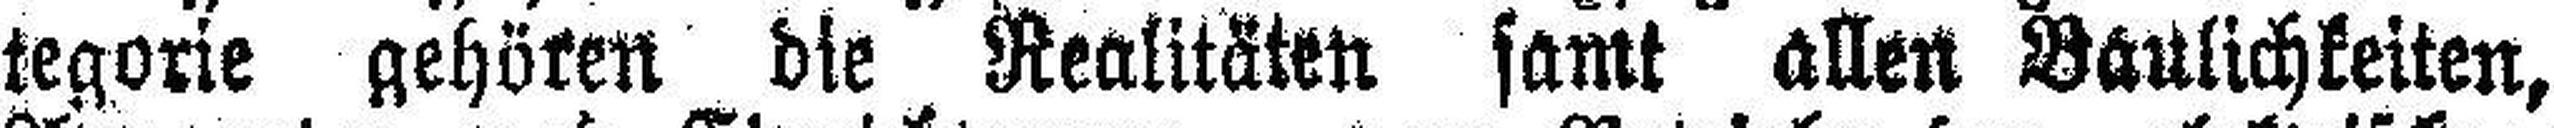
tegorie gehören die Realitäten samt allen Baulichkeiten,